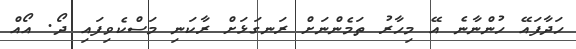
ހަދާފައޭ ހުންނާނެ އޭ މިހާރު ތަމެންނަށް ރަނގަޅަށް ރާކަނި މަސްކެވިފައި ދޯ. އޯއް